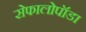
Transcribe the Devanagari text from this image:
सेफालोपॉडा